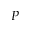
P